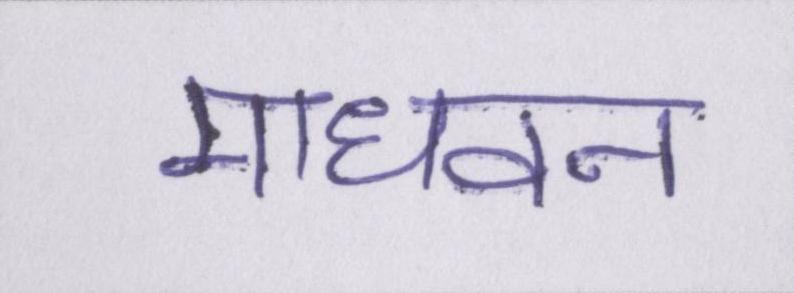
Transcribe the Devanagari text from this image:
माधवन